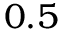
0 . 5